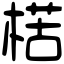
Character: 楛